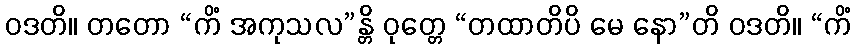
ဝဒတိ။ တတော “ကိံ အကုသလ”န္တိ ဝုတ္တေ “တထာတိပိ မေ နော”တိ ဝဒတိ။ “ကိံ